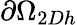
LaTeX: \partial\Omega_{2Dh}